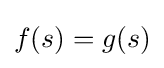
f(s)=g(s)